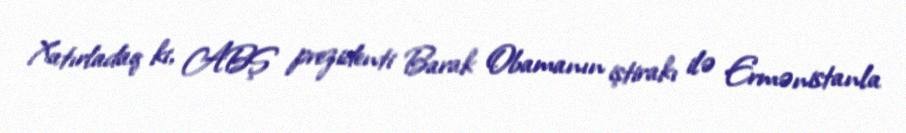
Xatırladaq ki, ABŞ prezidenti Barak Obamanın iştirakı ilə Ermənistanla